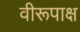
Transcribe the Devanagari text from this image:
वीरूपाक्ष